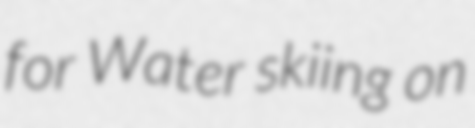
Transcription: for Water skiing on